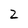
Character: 2